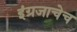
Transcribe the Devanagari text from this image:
इंग्रजाचेच